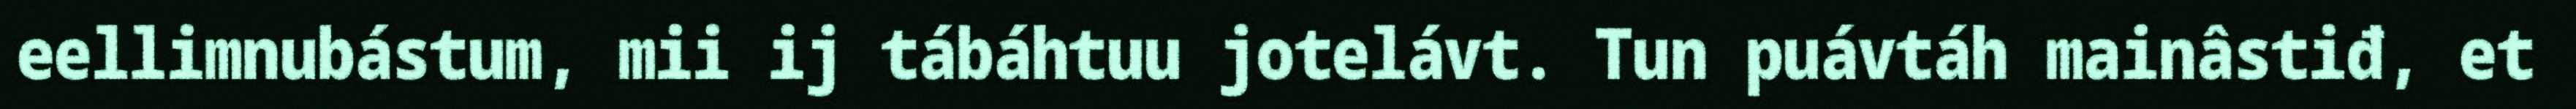
eellimnubástum, mii ij tábáhtuu jotelávt. Tun puávtáh mainâstiđ, et